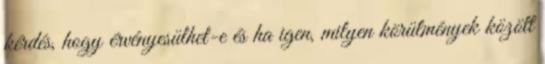
kérdés, hogy érvényesülhet-e és ha igen, milyen körülmények között